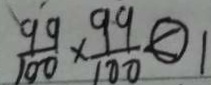
\frac { 9 9 } { 1 0 0 } \times \frac { 9 9 } { 1 0 0 } \textcircled { < } 1